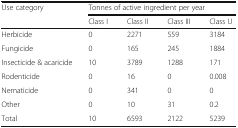
| <ROWSPAN=2> Use category | <COLSPAN=4> Tonnes of active ingredient per year |
 | Class I | Class II | Class III | Class U |
 | --- | --- | --- | --- | --- |
 | Herbicide | 0 | 2271 | 559 | 3184 |
 | Fungicide | 0 | 165 | 245 | 1884 |
 | Insecticide & acaricide | 10 | 3789 | 1288 | 171 |
 | Rodenticide | 0 | 16 | 0 | 0.008 |
 | Nematicide | 0 | 341 | 0 | 0 |
 | Other | 0 | 10 | 31 | 0.2 |
 | Total | 10 | 6593 | 2122 | 5239 |